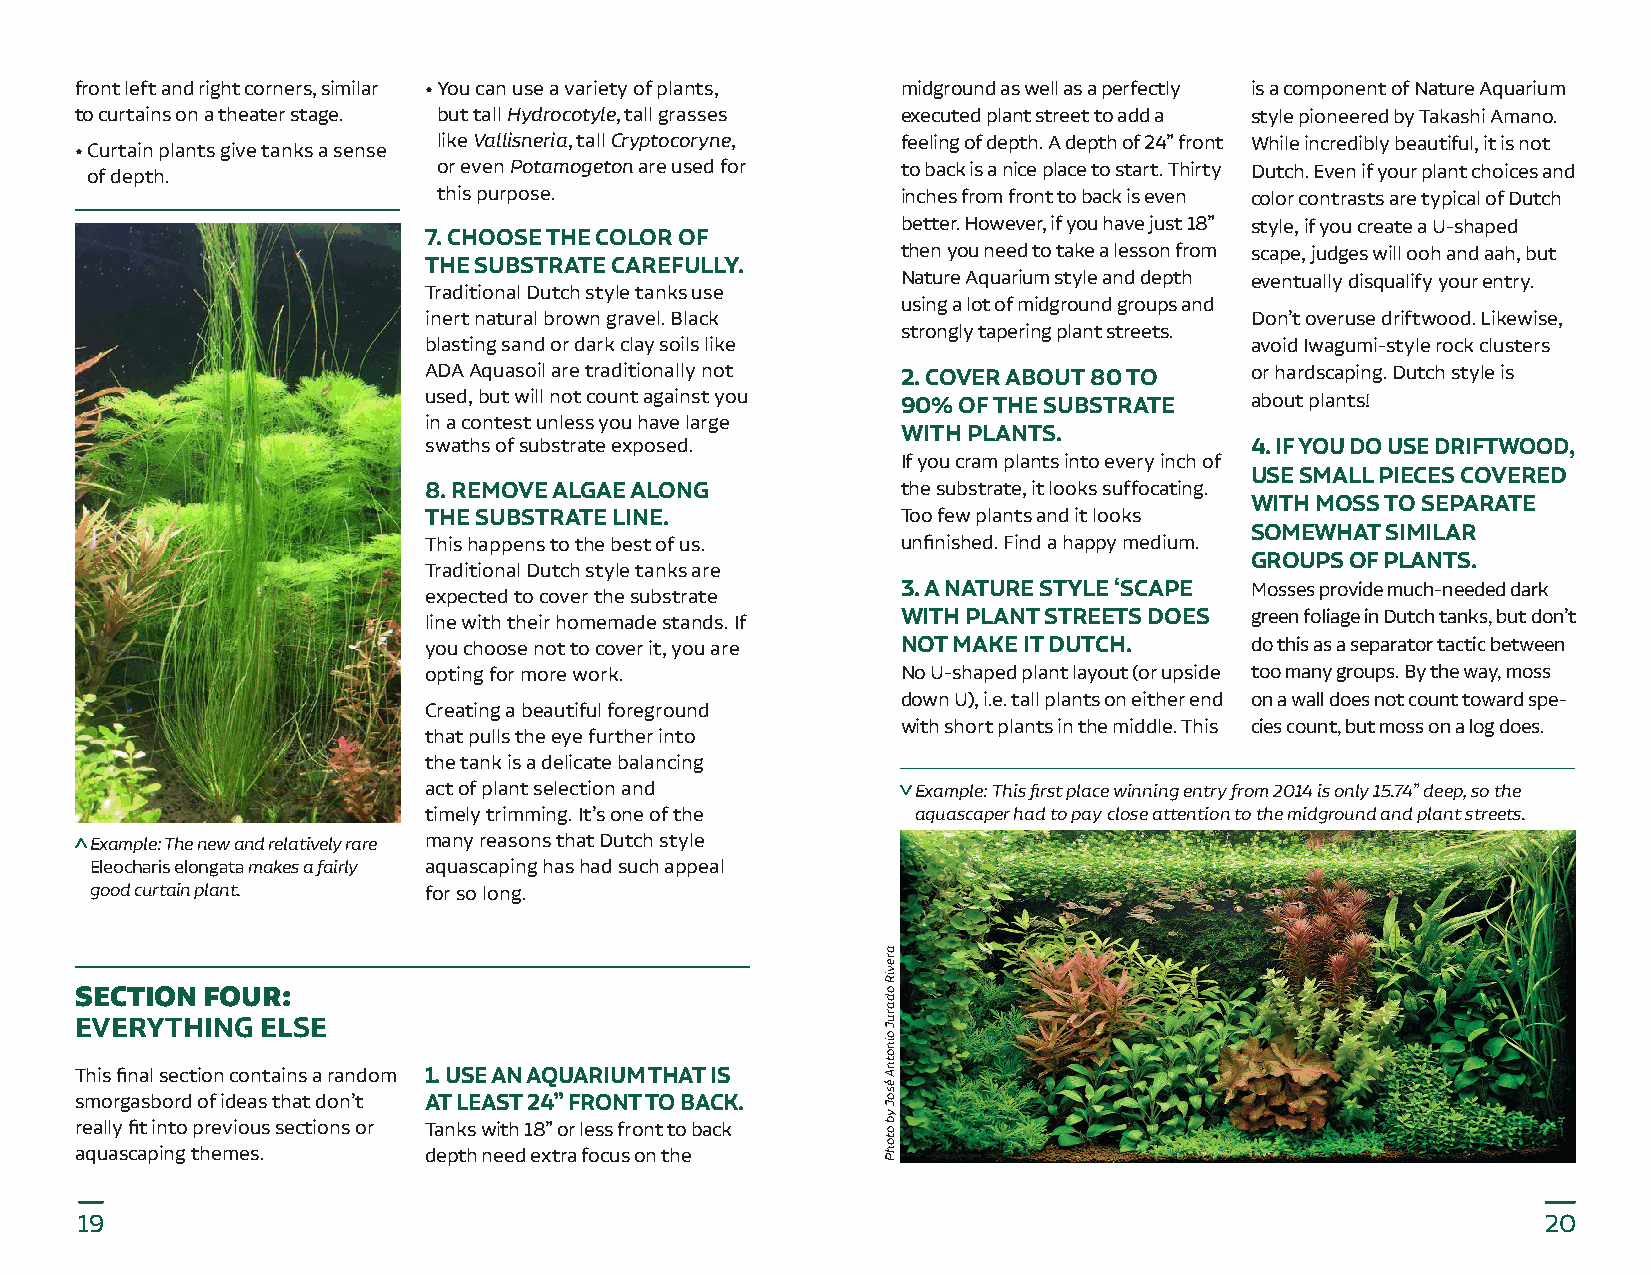
front left and right corners, similar • You can use a variety of plants, midground as well as a perfectly is a component of Nature Aquarium
 to curtains on a theater stage. but tall Hydrocotyle, tall grasses executed plant street to add a style pioneered by Takashi Amano.
 like Vallisneria, tall Cryptocoryne, feeling of depth. A depth of 24” front While incredibly beautiful, it is not
 • Curtain plants give tanks a sense
 of depth.              or even Potamogeton are used for to back is a nice place to start. Thirty Dutch. Even if your plant choices and
 this purpose.                  inches from front to back is even color contrasts are typical of Dutch
 better. However, if you have just 18” style, if you create a U-shaped
 7. CHOOSE THE COLOR OF
 then you need to take a lesson from scape, judges will ooh and aah, but
 THE SUBSTRATE CAREFULLY.
 Nature Aquarium style and depth eventually disqualify your entry.
 Traditional Dutch style tanks use
 using a lot of midground groups and
 inert natural brown gravel. Black                      Don’t overuse driftwood. Likewise,
 strongly tapering plant streets.
 blasting sand or dark clay soils like                  avoid Iwagumi-style rock clusters
 ADA Aquasoil are traditionally not 2. COVER ABOUT 80 TO or hardscaping. Dutch style is
 used, but will not count against you 90% OF THE SUBSTRATE about plants!
 in a contest unless you have large
 WITH PLANTS.
 swaths of substrate exposed.                           4. IF YOU DO USE DRIFTWOOD,
 If you cram plants into every inch of
 USE SMALL PIECES COVERED
 8. REMOVE ALGAE ALONG           the substrate, it looks suffocating.
 WITH MOSS TO SEPARATE
 THE SUBSTRATE LINE.             Too few plants and it looks
 SOMEWHAT SIMILAR
 This happens to the best of us. unfinished. Find a happy medium.
 GROUPS OF PLANTS.
 Traditional Dutch style tanks are
 3. A NATURE STYLE ‘SCAPE Mosses provide much-needed dark
 expected to cover the substrate
 line with their homemade stands. If WITH PLANT STREETS DOES green foliage in Dutch tanks, but don’t
 you choose not to cover it, you are NOT MAKE IT DUTCH. do this as a separator tactic between
 opting for more work.           No U-shaped plant layout (or upside too many groups. By the way, moss
 down U), i.e. tall plants on either end on a wall does not count toward spe-
 Creating a beautiful foreground
 with short plants in the middle. This cies count, but moss on a log does.
 that pulls the eye further into
 the tank is a delicate balancing
 act of plant selection and       Example: This first place winning entry from 2014 is only 15.74” deep, so the
 timely trimming. It’s one of the aquascaper had to pay close attention to the midground and plant streets.
 Example: The new and relatively rare many reasons that Dutch style
 Eleocharis elongata makes a fairly aquascaping has had such appeal
 good curtain plant.   for so long.
 SECTION FOUR:
 EVERYTHING  ELSE
 This final section contains a random 1. USE AN AQUARIUM THAT IS
 smorgasbord of ideas that don’t AT LEAST 24” FRONT TO BACK.
 really fit into previous sections or Tanks with 18” or less front to back
 aquascaping themes.    depth need extra focus on the
 19                                                                                               20
 areviR
 odaruJ
 oinotnA
 ésoJ
 yb
 otohP